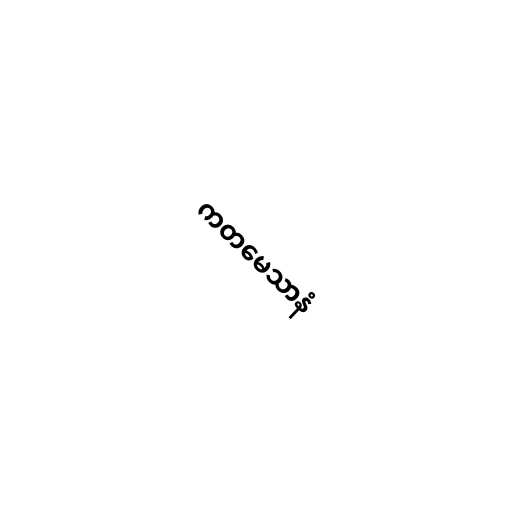
ကတမေသာနံ